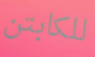
للكابتن